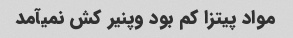
مواد پیتزا کم بود وپنیر کش نمیآمد